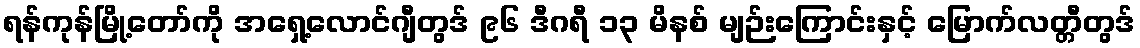
ရန်ကုန်မြို့တော်ကို အရှေ့လောင်ဂျီတွဒ် ၉၆ ဒီဂရီ ၁၃ မိနစ် မျဉ်းကြောင်းနှင့် မြောက်လတ္တီတွဒ်